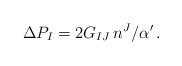
LaTeX: \begin{align*}\Delta P_I = 2G_{IJ}\,n^J/\alpha^\prime\, .\end{align*}